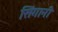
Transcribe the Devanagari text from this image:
सिंगानी